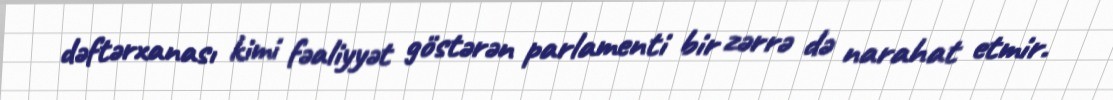
dəftərxanası kimi fəaliyyət göstərən parlamenti bir zərrə də narahat etmir.